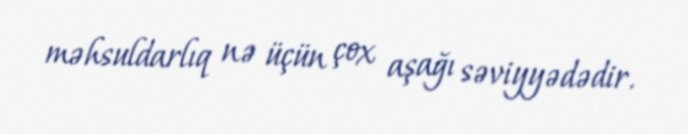
məhsuldarlıq nə üçün çox aşağı səviyyədədir.